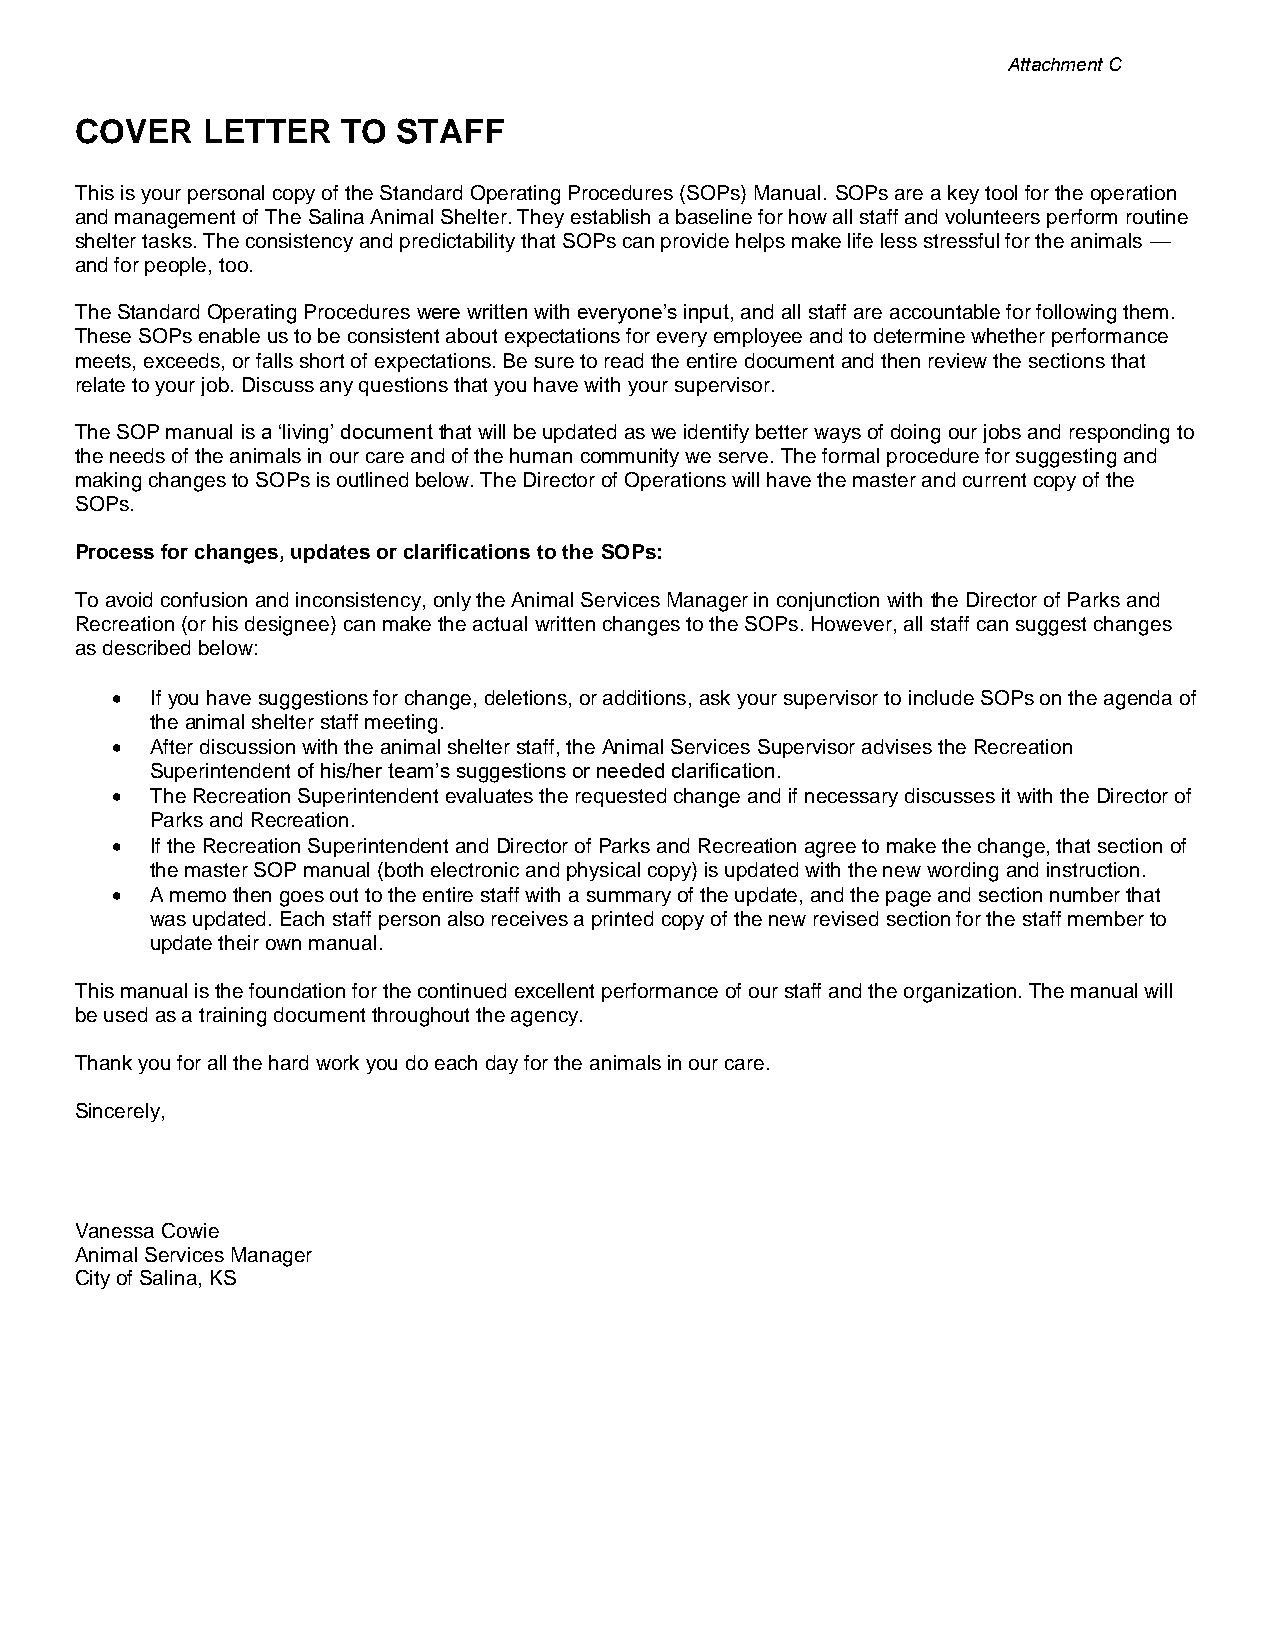
Attachment C
 COVER   LETTER    TO STAFF
 This is your personal copy of the Standard Operating Procedures (SOPs) Manual. SOPs are a key tool for the operation
 and management of The Salina Animal Shelter. They establish a baseline for how all staff and volunteers perform routine
 shelter tasks. The consistency and predictability that SOPs can provide helps make life less stressful for the animals —
 and for people, too.
 The Standard Operating Procedures were written with everyone’s input, and all staff are accountable for following them.
 These SOPs enable us to be consistent about expectations for every employee and to determine whether performance
 meets, exceeds, or falls short of expectations. Be sure to read the entire document and then review the sections that
 relate to your job. Discuss any questions that you have with your supervisor.
 The SOP manual is a ‘living’ document that will be updated as we identify better ways of doing our jobs and responding to
 the needs of the animals in our care and of the human community we serve. The formal procedure for suggesting and
 making changes to SOPs is outlined below. The Director of Operations will have the master and current copy of the
 SOPs.
 Process for changes, updates or clarifications to the SOPs:
 To avoid confusion and inconsistency, only the Animal Services Manager in conjunction with the Director of Parks and
 Recreation (or his designee) can make the actual written changes to the SOPs. However, all staff can suggest changes
 as described below:
 •  If you have suggestions for change, deletions, or additions, ask your supervisor to include SOPs on the agenda of
 the animal shelter staff meeting.
 •  After discussion with the animal shelter staff, the Animal Services Supervisor advises the Recreation
 Superintendent of his/her team’s suggestions or needed clarification.
 •  The Recreation Superintendent evaluates the requested change and if necessary discusses it with the Director of
 Parks and Recreation.
 •  If the Recreation Superintendent and Director of Parks and Recreation agree to make the change, that section of
 the master SOP manual (both electronic and physical copy) is updated with the new wording and instruction.
 •  A memo then goes out to the entire staff with a summary of the update, and the page and section number that
 was updated. Each staff person also receives a printed copy of the new revised section for the staff member to
 update their own manual.
 This manual is the foundation for the continued excellent performance of our staff and the organization. The manual will
 be used as a training document throughout the agency.
 Thank you for all the hard work you do each day for the animals in our care.
 Sincerely,
 Vanessa Cowie
 Animal Services Manager
 City of Salina, KS